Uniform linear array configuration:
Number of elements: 48
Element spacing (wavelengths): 1
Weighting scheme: kaiser
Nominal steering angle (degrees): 60
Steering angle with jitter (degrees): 61.311
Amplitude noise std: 0.05
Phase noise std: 0.05

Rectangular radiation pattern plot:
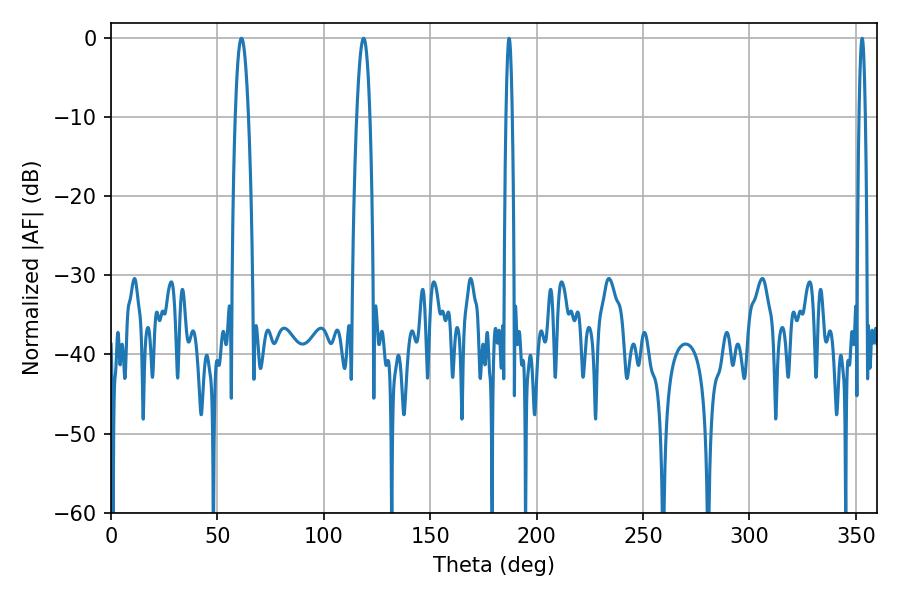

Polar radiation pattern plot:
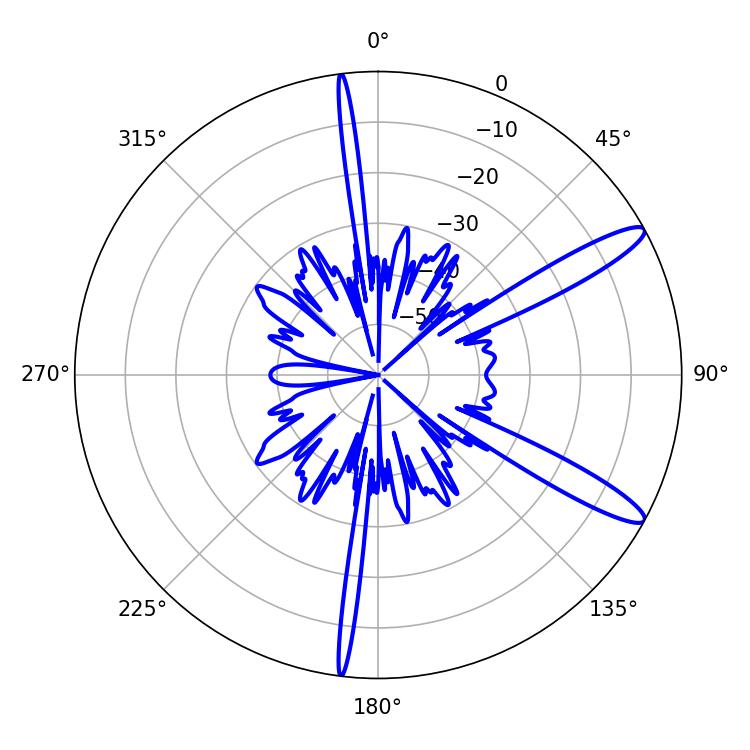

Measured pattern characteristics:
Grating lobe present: TRUE
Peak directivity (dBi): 12.758
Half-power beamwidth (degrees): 1.44
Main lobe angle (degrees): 187.02